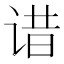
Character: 𬣾